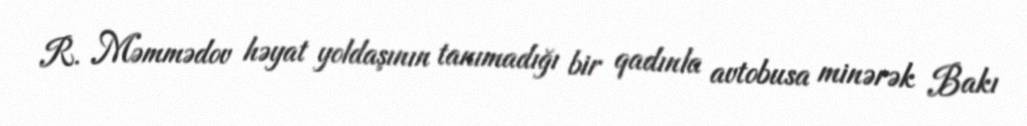
R. Məmmədov həyat yoldaşının tanımadığı bir qadınla avtobusa minərək Bakı